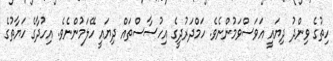
ހިތުގެ ވިންދު ދިޔައީ އަވަސްވަމުންނެވެ. ހަމްދަރުދީގެ އިހުސާސްތައް ދިޔައީ ހޭލަމުންނެވެ. އިހުދާގެ ހަޔާތުގެ